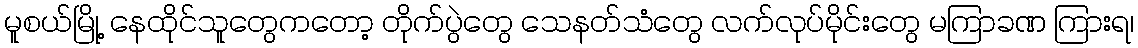
မူစယ်မြို့ နေထိုင်သူတွေကတော့ တိုက်ပွဲတွေ သေနတ်သံတွေ လက်လုပ်မိုင်းတွေ မကြာခဏ ကြားရ၊